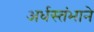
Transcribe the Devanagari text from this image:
अर्धस्तंभाने